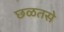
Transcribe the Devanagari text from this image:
छळतसे